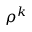
\rho ^ { k }